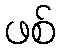
ဖစ်